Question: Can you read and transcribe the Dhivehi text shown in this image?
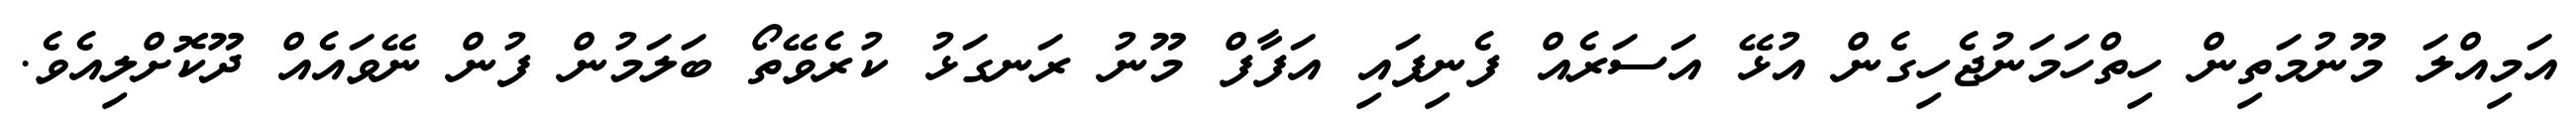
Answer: އަމިއްލަ މޫނުމަތިން ހިތްހަމަނުޖެހިގެން އުޅޭ އަސަރެއް ފެނިފައި އަފާފް މޫނު ރަނގަޅު ކުރެވޭތޯ ބަލަމުން ފުން ނޭވައެއް ދޫކޮށްލިއެވެ.